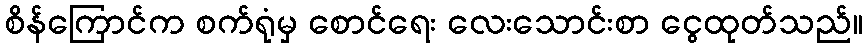
စိန်ကြောင်က စက်ရုံမှ စောင်ရေး လေးသောင်းစာ ငွေထုတ်သည်။